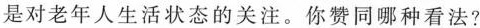
是对老年大生活状态的关注。你赞同哪种看法?